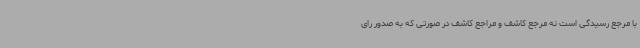
با مرجع رسیدگی است نه مرجع کاشف و مراجع کاشف در صورتی که به صدور رای